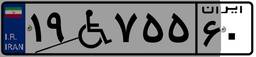
۶۱W۷۲۱۵۶